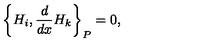
\left\{ H _ { i } , \frac { d } { d x } H _ { k } \right\} _ { P } = 0 ,